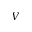
V